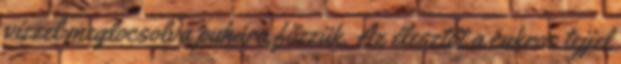
vízzel meglocsolva puhára főzzük. Az élesztőt a cukros tejjel